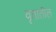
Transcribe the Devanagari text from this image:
वृतातील